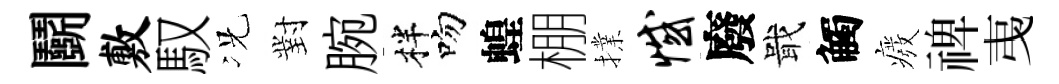
鬬敷馭况對腕柈吻蝗棚擈憾廢戢觸癈禆𢎯